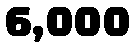
6,000